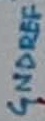
Text: GNDREF